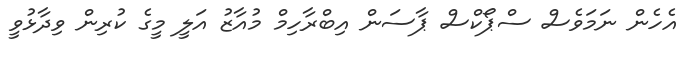
އެހެން ނަމަވެސް ސްޕޯކްސް ޕާސަން އިބްރާހިމް މުއާޒު އަލީ މީގެ ކުރިން ވިދާޅުވީ